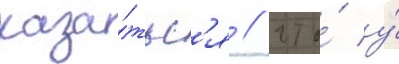
каза́тьс'я / что́ у́